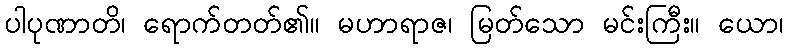
ပါပုဏာတိ၊ ရောက်တတ်၏။ မဟာရာဇ၊ မြတ်သော မင်းကြီး။ ယော၊